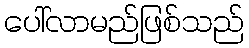
ပေါ်လာမည်ဖြစ်သည်